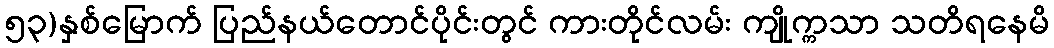
၅၃)နှစ်မြောက် ပြည်နယ်တောင်ပိုင်းတွင် ကားတိုင်လမ်း ကျိုက္ကသာ သတိရနေမိ